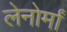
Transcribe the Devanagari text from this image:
लेनोर्मां